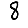
Digit: 8